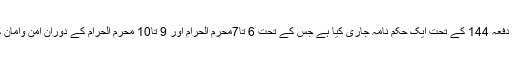
جھنگ (ڈسٹرکٹ رپورٹر) ایڈ منسٹریٹر ڈسٹرکٹ گورنمنٹ/ڈی سی او غازی امان اللہ نے ضابط فوجداری کی دفعہ 144 کے تحت ایک حکم نامہ جاری کیا ہے جس کے تحت 6 تا7محرم الحرام اور 9 تا10 محرم الحرام کے دوران امن وامان کی مثالی فضا برقرار رکھنے کے لئے ضلع بھر میں موٹر سائیکل کی ڈبل سواری پر پابندی عائد کر دی ہے۔